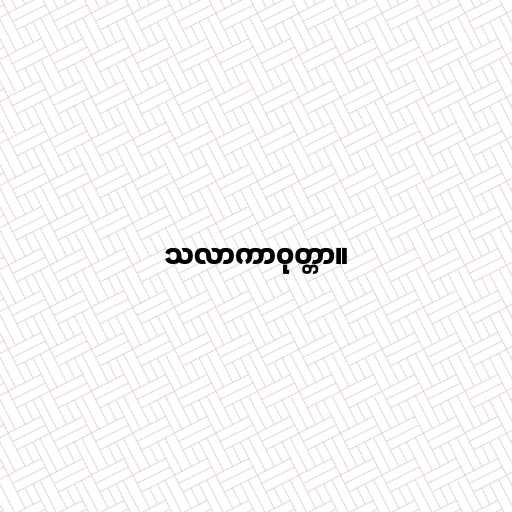
သလာကာဝုတ္တာ။